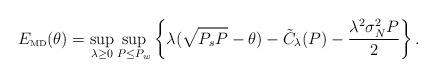
LaTeX: \begin{align*}E_{\mbox{\tiny MD}}(\theta)=\sup_{\lambda\ge0}\sup_{P\le P_w}\left\{\lambda(\sqrt{P_sP}-\theta)-\tilde{C}_\lambda(P)-\frac{\lambda^2\sigma_N^2P}{2}\right\}.\end{align*}